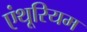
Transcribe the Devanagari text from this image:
एंथूरियम